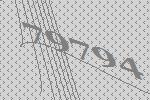
79794